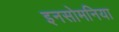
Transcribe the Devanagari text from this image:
इनसोमनिया